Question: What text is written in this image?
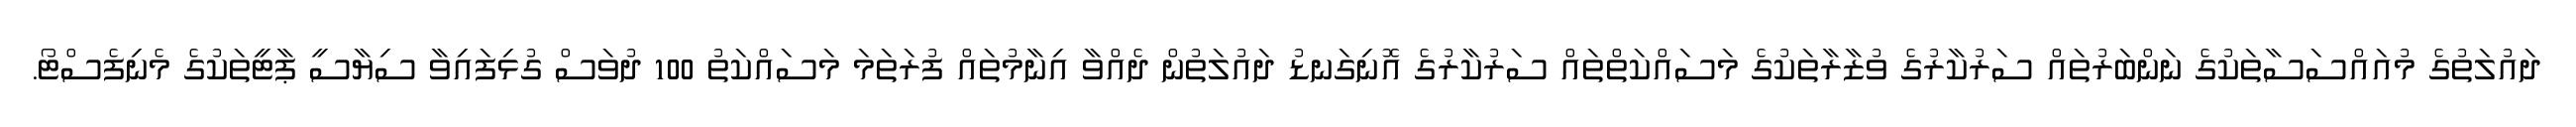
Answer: ދައުލަތުގެ މުއައްސަސާތަކުގެ ނަންބަރުތައް ސަރުކާރުގެ ވުޒާރާތަކުގެ މަސައްކަތްތައް ސަރުކާރުގެ އޮނިގަނޑު ދައުލަތުން ދެއްވާ އިނާމުތައް ފުރަތަމަ މަސައްކަތު 100 ދުވަސް ގުޅިފައިވާ ސިޔާސީ ޕާޓީތަކުގެ މެނިފެސްޓޯ.